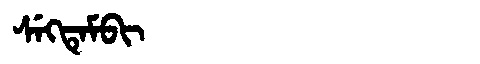
Manchu: ᠰᡝᡴᡨᡝᠮᠪᡳ
Romanization: SEKTEMBI